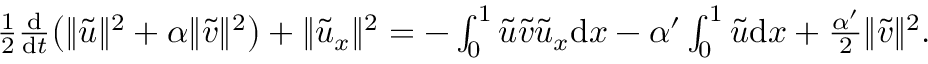
\begin{array} { r } { \frac 1 2 \frac { \mathrm { d } } { \mathrm { d } t } \big ( \| { \tilde { u } } \| ^ { 2 } + \alpha \| { \tilde { v } } \| ^ { 2 } \big ) + \| { \tilde { u } } _ { x } \| ^ { 2 } = - \int _ { 0 } ^ { 1 } { \tilde { u } } { \tilde { v } } { \tilde { u } } _ { x } { \mathrm { d } x } - \alpha ^ { \prime } \int _ { 0 } ^ { 1 } { \tilde { u } } { \mathrm { d } x } + \frac { \alpha ^ { \prime } } { 2 } \| { \tilde { v } } \| ^ { 2 } . } \end{array}